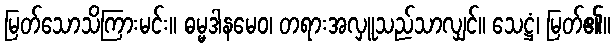
မြတ်သောသိကြားမင်း။ ဓမ္မဒါနမေဝ၊ တရားအလှူသည်သာလျှင်။ သေဋ္ဌံ၊ မြတ်၏။